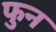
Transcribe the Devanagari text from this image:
फुन